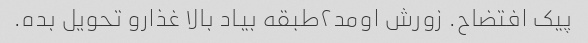
پیک افتضاح. زورش اومد۲طبقه بیاد بالا غذارو تحویل بده.